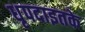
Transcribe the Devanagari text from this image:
धृपदाइतके